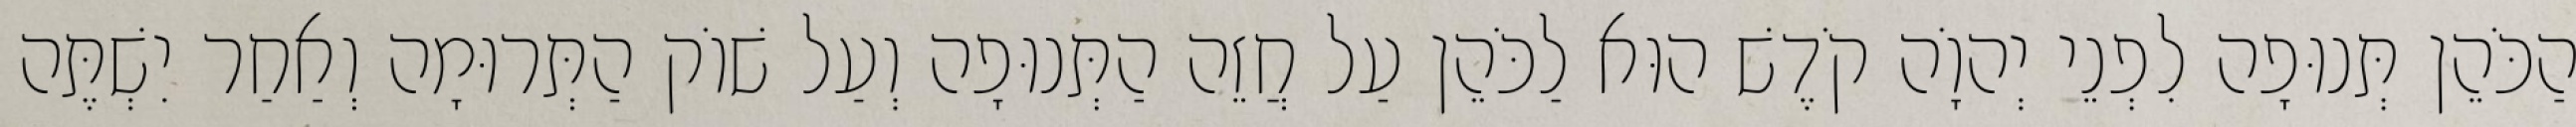
הַכֹּהֵן תְּנוּפָה לִפְנֵי יְהוָֹה קֹדֶשׁ הוּא לַכֹּהֵן עַל חֲזֵה הַתְּנוּפָה וְעַל שׁוֹק הַתְּרוּמָה וְאַחַר יִשְׁתֶּה